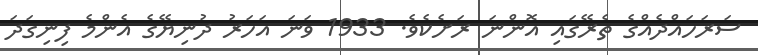
ސަރަހައްދެއްގެ ތެރޭގައި އޮންނަ ރަށެކެވެ. 1933 ވަނަ އަހަރު ދުނިޔޭގެ އެންމެ ފިނިގަދަ